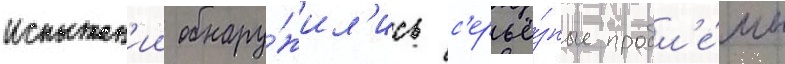
испытан'ии обнару́жил'ись с'ерьё́зные пробл'е́мы